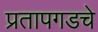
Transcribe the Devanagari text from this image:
प्रतापगडचे